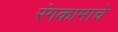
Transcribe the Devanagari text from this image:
रंगकामाचे